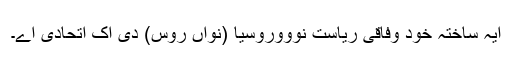
ایہ ساختہ خود وفاقی ریاست نوووروسیا (نواں روس) دی اک اتحادی اے۔